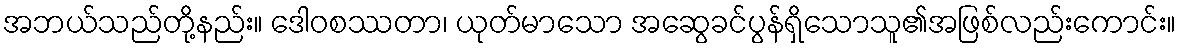
အဘယ်သည်တို့နည်း။ ဒေါဝစဿတာ၊ ယုတ်မာသော အဆွေခင်ပွန်ရှိသောသူ၏အဖြစ်လည်းကောင်း။